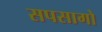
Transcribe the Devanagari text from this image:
सपसागो